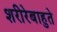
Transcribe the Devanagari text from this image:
शरीरेबाहुते